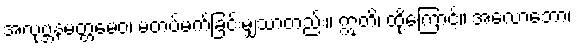
အလုဗ္ဘနမတ္တမေဝ၊ မတပ်မက်ခြင်းမျှသာတည်း။ ဣတိ၊ ထို့ကြောင့်။ အလောဘော၊